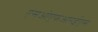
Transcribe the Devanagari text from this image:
एसओएफआरईएस